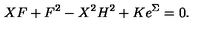
X F + F ^ { 2 } - X ^ { 2 } H ^ { 2 } + K e ^ { \Sigma } = 0 .